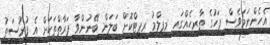
އެހެންނަމަވެސް ފަހުގެ ތާރީހެއްގައި މިފިލްމު ރިޕީޓްކޮށް ބަލަން ބޭނުންވާ ފަރާތްތަކަށް އެ ފުރުސަތު